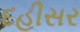
દહીસર